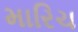
મારિચ